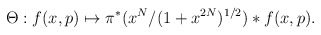
\begin{align*}\Theta:f(x,p) \mapsto \pi^{*}(x^{N}/(1+x^{2N})^{{1/2}})*f(x,p).\end{align*}